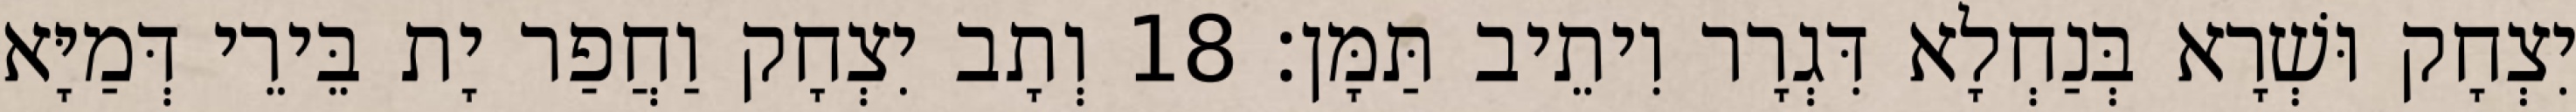
יִצְחָק וּשְׁרָא בְּנַחְלָא דִּגְרָר וִיתֵיב תַּמָּן׃ 18 וְתָב יִצְחָק וַחֲפַר יָת בֵּירֵי דְּמַיָּא